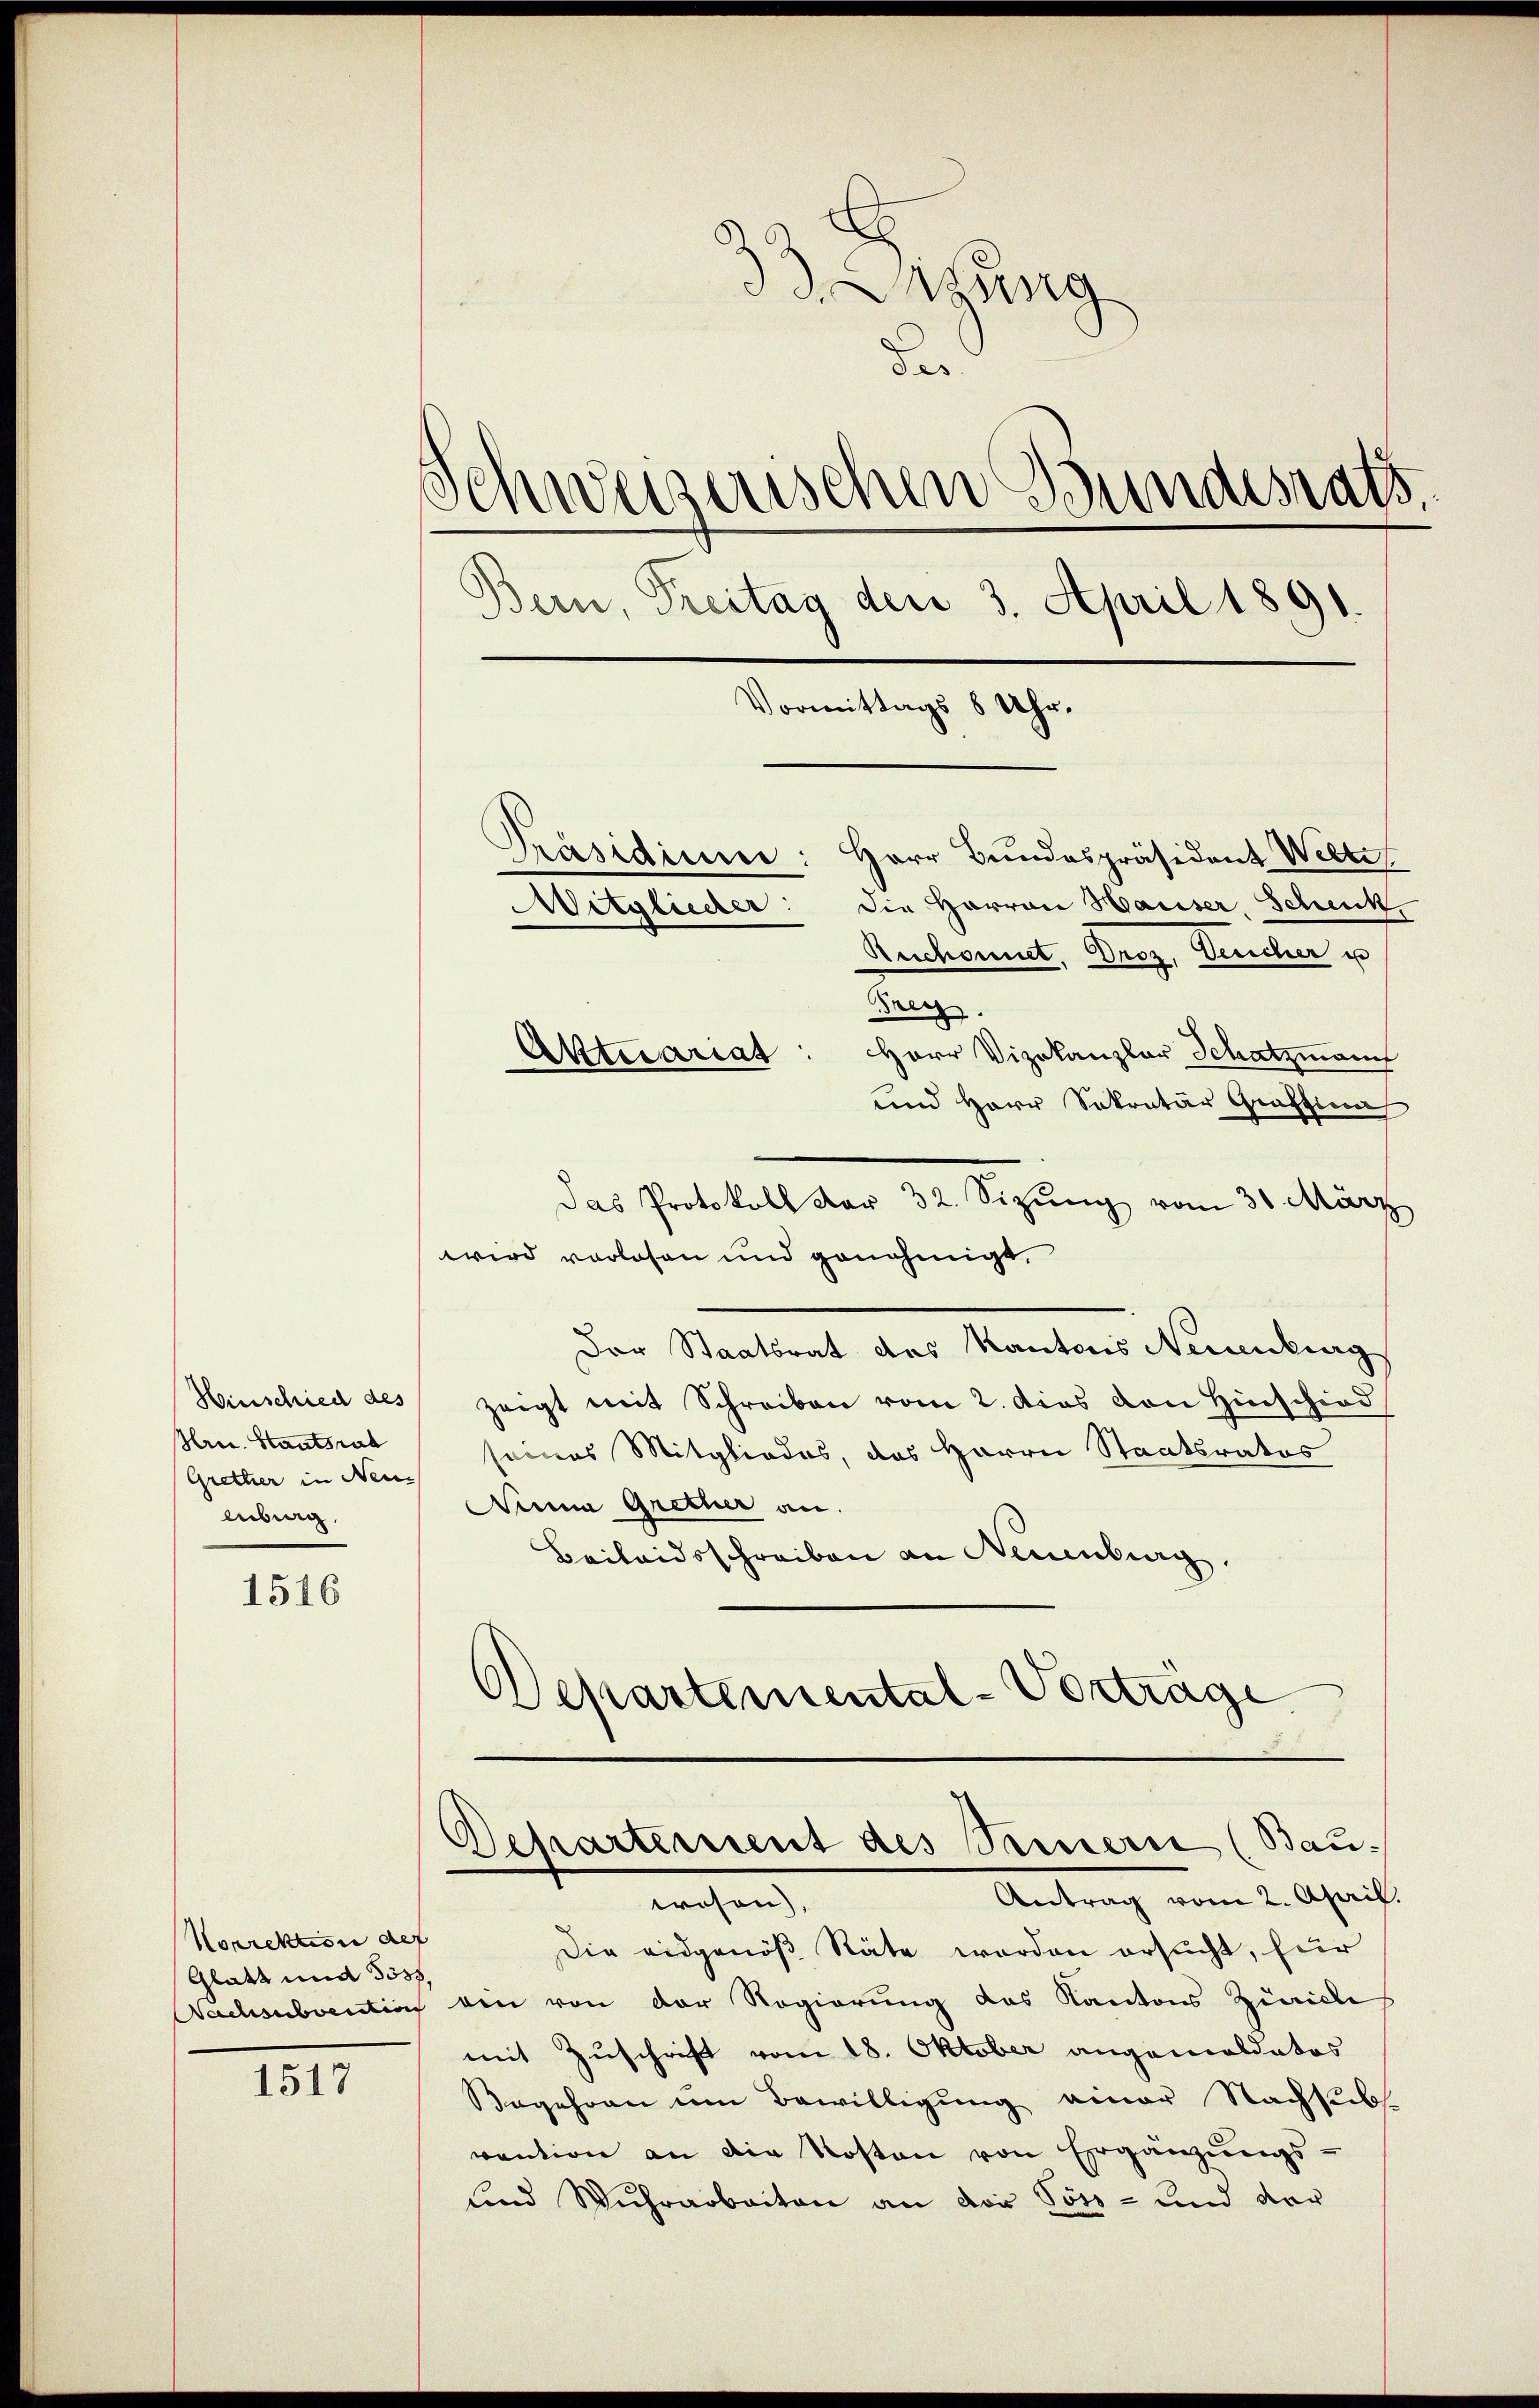
1516

Hinschied des
Hric. Staatsrat
Grether in Neuenberg

Norrektion des
Glatt und Jos.

1517

33. Digung
des
Schweizerischen Bundesrats.
Bern, Treitag den 3. April 1891.
Vormittags 8 Uhr.
Präsidium: Herr Bundespräsident Welke
die Harron Hauser, Schenk,
Mitglieder:
Ruchonnet, Droz. Teucher u

Frey.
Herr Vizekanzlar Schatzmann
und Herr Sekretär Graffina
Das Protokoll der 32. Sizung vom 31. März
wird vorlesen und genehmigt,
Der Staatsrat des Kantons Neuenburg
zeigt mit Schreiben vom 2. das von Hinschied
seines Mitgliedes, das Herrn Staatsrates
Ninna Grether an.
Beileidsschreiben an Neuenburg.
Departemental-Vorträge

Aktuariat

Departement des Seinern (Bau
Antrag vom 2. April.
wesen,

Die eidgenöß Stäte worden ersucht, für
Nachsubventions ein von der Regierung das Kantons Zürich
mit Zuschrift vom 18. Oktober angemoldates
Begehren um Bewilligung einer Nachsubs
vention an die Kosten von Ergänzŭngs-
sind Wuhrarbeiten an der Pöss- und vor